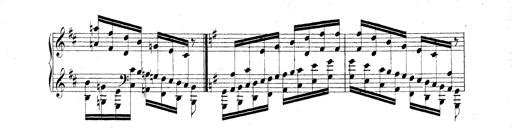
Title: Technische Studien
Composer: Franz Liszt